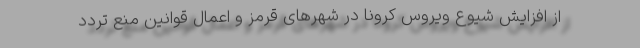
از افزایش شیوع ویروس کرونا در شهرهای قرمز و اعمال قوانین منع تردد